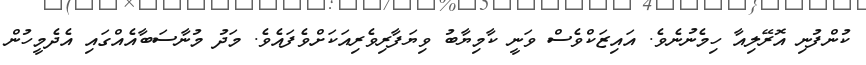
ކުންފުނި އޮރޭލިއާ ހިމެނުނެވެ. އައިޒަކްވެސް ވަނީ ކާމިޔާބު ވިޔަފާރިވެރިއަކަށްވެފައެވެ. މަދު މުނާސަބާއެއްގައި އެދެމީހުން